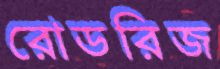
রোডরিজ